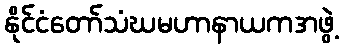
နိုင်ငံတော်သံဃမဟာနာယကအဖွဲ့